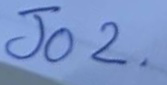
Jo 2 .